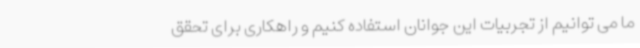
ما می توانیم از تجربیات این جوانان استفاده کنیم و راهکاری برای تحقق